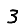
Digit: 3